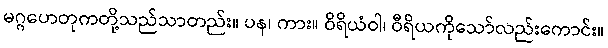
မဂ္ဂဟေတုကတို့သည်သာတည်း။ ပန၊ ကား။ ဝိရိယံဝါ၊ ဝီရိယကိုသော်လည်းကောင်း။